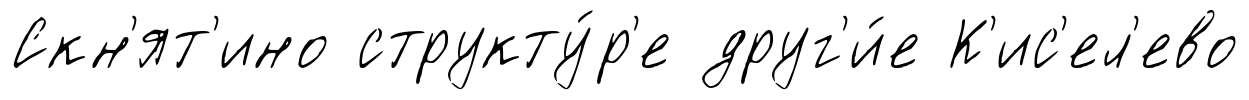
Скн'ят'ино структу́р'е друг'и́е К'ис'ел'ево